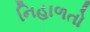
નિહાળતો